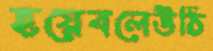
হয়েবলেউঠি